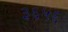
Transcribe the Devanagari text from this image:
३६५६